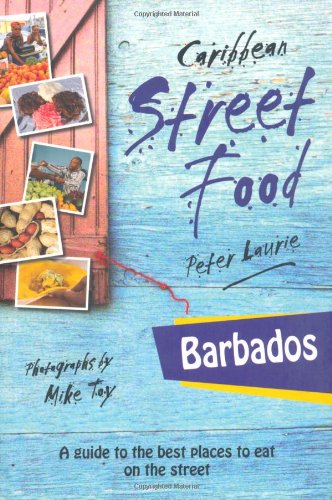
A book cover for Barbados: Caribbean Street Food; Peter Laurie; Travel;